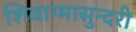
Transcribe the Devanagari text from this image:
शिवाग्मासुन्दरी